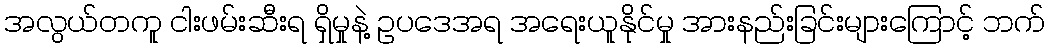
အလွယ်တကူ ငါးဖမ်းဆီးရ ရှိမှုနဲ့ ဥပဒေအရ အရေးယူနိုင်မှု အားနည်းခြင်းများကြောင့် ဘက်